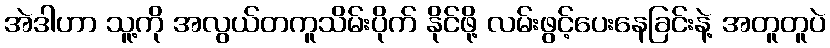
အဲဒါဟာ သူ့ကို အလွယ်တကူသိမ်းပိုက် နိုင်ဖို့ လမ်းဖွင့်ပေးနေခြင်းနဲ့ အတူတူပဲ